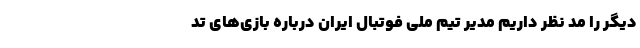
دیگر را مد نظر داریم مدیر تیم ملی فوتبال ایران درباره بازی‌های تد